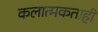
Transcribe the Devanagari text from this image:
कलात्मकताही